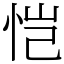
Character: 恺